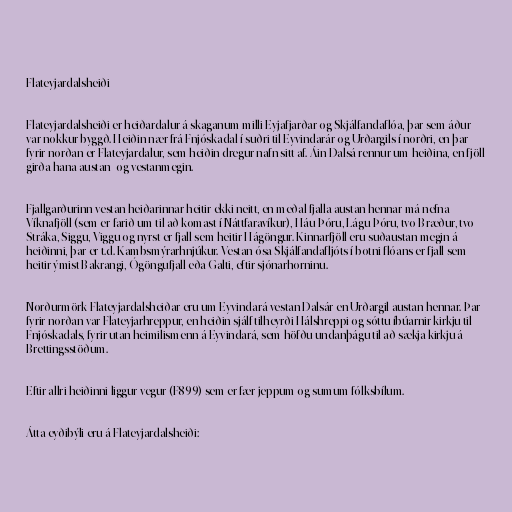
Flateyjardalsheiði

Flateyjardalsheiði er heiðardalur á skaganum milli Eyjafjarðar og Skjálfandaflóa, þar sem áður
var nokkur byggð. Heiðin nær frá Fnjóskadal í suðri til Eyvindarár og Urðargils í norðri, en þar
fyrir norðan er Flateyjardalur, sem heiðin dregur nafn sitt af. Áin Dalsá rennur um heiðina, en fjöll
girða hana austan- og vestanmegin.

Fjallgarðurinn vestan heiðarinnar heitir ekki neitt, en meðal fjalla austan hennar má nefna
Víknafjöll (sem er farið um til að komast í Náttfaravíkur), Háu-Þóru, Lágu-Þóru, tvo Bræður, tvo
Stráka, Siggu, Viggu og nyrst er fjall sem heitir Hágöngur. Kinnarfjöll eru suðaustan megin á
heiðinni, þar er t.d. Kambsmýrarhnjúkur. Vestan ósa Skjálfandafljóts í botni flóans er fjall sem
heitir ýmist Bakrangi, Ógöngufjall eða Galti, eftir sjónarhorninu.

Norðurmörk Flateyjardalsheiðar eru um Eyvindará vestan Dalsár en Urðargil austan hennar. Þar
fyrir norðan var Flateyjarhreppur, en heiðin sjálf tilheyrði Hálshreppi og sóttu íbúarnir kirkju til
Fnjóskadals, fyrir utan heimilismenn á Eyvindará, sem höfðu undanþágu til að sækja kirkju á
Brettingsstöðum.

Eftir allri heiðinni liggur vegur (F899) sem er fær jeppum og sumum fólksbílum.

Átta eyðibýli eru á Flateyjardalsheiði: